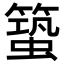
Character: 𥳎